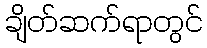
ချိတ်ဆက်ရာတွင်